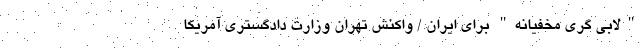
"لابی گری مخفیانه" برای ایران / واکنش تهران وزارت دادگستری آمریکا